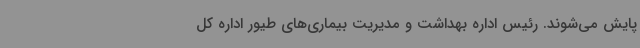
پایش می‌شوند. رئیس اداره بهداشت و مدیریت بیماری‌های طیور اداره کل